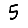
Digit: 5